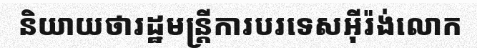
និយាយថារដ្ឋមន្ត្រីការបរទេសអ៊ីរ៉ង់លោក